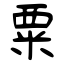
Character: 粟